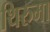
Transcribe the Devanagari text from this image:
थिरुमा